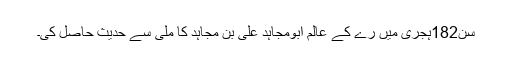
سن182ہجری میں رے کے عالم ابومجاہد علی بن مجاہد کا ملی سے حدیث حاصل کی۔